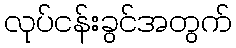
လုပ်ငန်းခွင်အတွက်